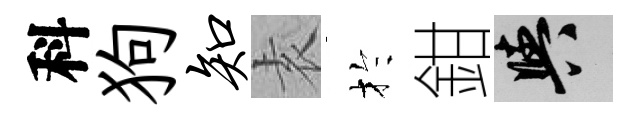
科狗知𡊮扵鉗阳